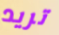
تريد